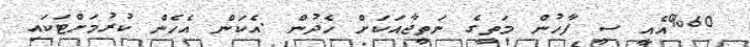
%60އެއީ ސީ ފާހުން މަތީގެ ނަތީޖާއަކަށް ހެދުން .އެކަން އެހެން ކުރުމަށްޓަކައި